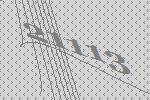
21113